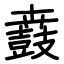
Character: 鼖